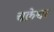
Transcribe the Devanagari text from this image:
चक्रेश्वर